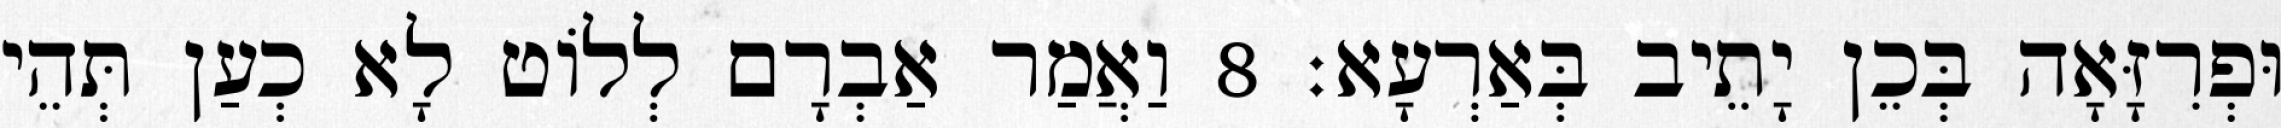
וּפְרִזָּאָה בְּכֵן יָתֵיב בְּאַרְעָא׃ 8 וַאֲמַר אַבְרָם לְלוֹט לָא כְעַן תְּהֵי